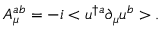
A _ { \mu } ^ { a b } = - i < u ^ { \dagger a } \partial _ { \mu } u ^ { b } > .